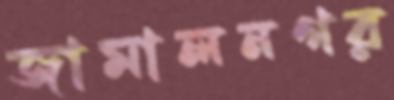
জামালনগর